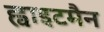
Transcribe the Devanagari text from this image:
ह्वाइटमैन